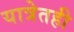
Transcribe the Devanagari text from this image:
यात्रेतही